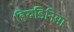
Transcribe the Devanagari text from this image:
हिरुडिनिया